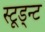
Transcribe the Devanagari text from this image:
स्टूड्न्ट